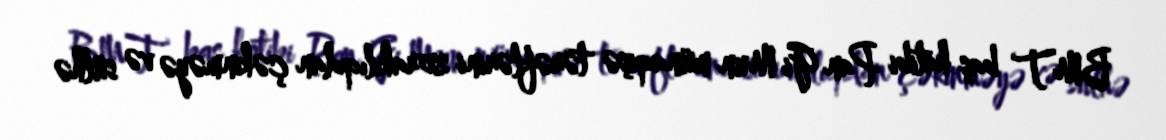
BMT baş katibi Pan Gi Mun münaqişə tərəflərini zorakılıqdan çəkinməyə və sülhə